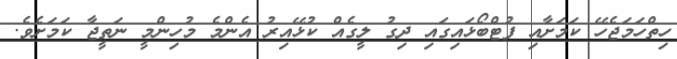
ހިތްހަމަޖެހޭ ކަމަށާއި ފުޓްބޯޅައިގައި ދިގު ލީގެއް ކުޅޭއިރު އެންމެ މުހިންމީ ނަތީޖާ ކަމަށެވެ.